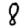
Digit: 8